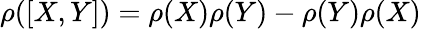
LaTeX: \rho([X,Y])=\rho(X)\rho(Y)-\rho(Y)\rho(X)